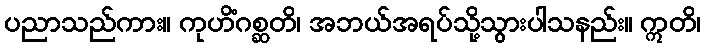
ပညာသည်ကား။ ကုဟိံဂစ္ဆတိ၊ အဘယ်အရပ်သို့သွားပါသနည်း။ ဣတိ၊